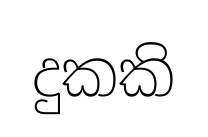
දුකකි